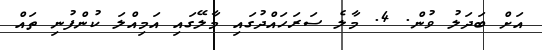
އަށް ބަދަލު ވުން. 4. މާލެ ސަރަހައްދުގައި މާލޭގައި އަމިއްލަ ކުންފުނި ތައް